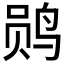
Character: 𫛫